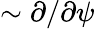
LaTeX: \sim\partial/\partial\psi